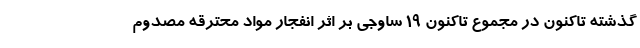
گذشته تاکنون در مجموع تاکنون ۱۹ ساوجی بر اثر انفجار مواد محترقه مصدوم